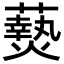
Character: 𬋖